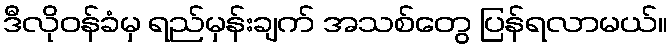
ဒီလိုဝန်ခံမှ ရည်မှန်းချက် အသစ်တွေ ပြန်ရလာမယ်။